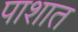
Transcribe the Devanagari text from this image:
पाशात